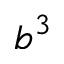
b ^ { 3 }